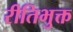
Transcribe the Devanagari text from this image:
रीतिभुक्त